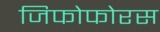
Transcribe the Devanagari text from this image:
जिफोफोरस